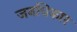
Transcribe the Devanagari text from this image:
जनधिकार